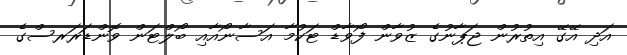
އަދި އޭގޭ އިތުރުން ޖަޕާނުގެ ޒުވާން ފޯވާޑް ޓަކުމާ އަސާނޯއާއި ބޯލްޓަން ވޮންޑަރަރސްގެ